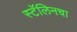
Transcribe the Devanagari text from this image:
स्टॅलिनचा